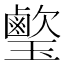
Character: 𤪰